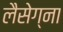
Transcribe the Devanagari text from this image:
लैसेग्ना